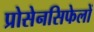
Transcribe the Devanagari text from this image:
प्रोसेनसिफेलों